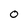
Character: o